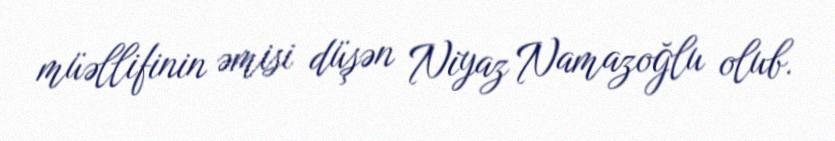
müəllifinin əmisi düşən Niyaz Namazoğlu olub.